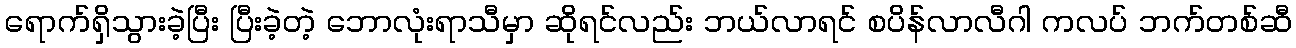
ရောက်ရှိသွားခဲ့ပြီး ပြီးခဲ့တဲ့ ဘောလုံးရာသီမှာ ဆိုရင်လည်း ဘယ်လာရင် စပိန်လာလီဂါ ကလပ် ဘက်တစ်ဆီ